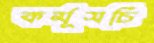
কর্মূসচি